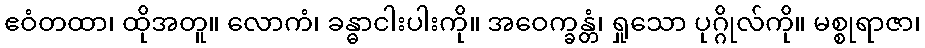
ဧဝံတထာ၊ ထိုအတူ။ လောကံ၊ ခန္ဓာငါးပါးကို။ အဝေက္ခန္တံ၊ ရှုသော ပုဂ္ဂိုလ်ကို။ မစ္စုရာဇာ၊